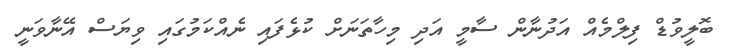
ބޮލީވުޑް ފިލްމެއް އަދުނާން ސާމީ އަދި މިހާތަނަށް ކުޅެފައި ނެއްކަމުގައި ވިޔަސް އޭނާވަނީ